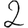
Digit: 2